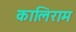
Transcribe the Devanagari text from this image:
कालिराम